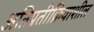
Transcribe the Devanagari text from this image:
अतिप्रतीक्रियाशील